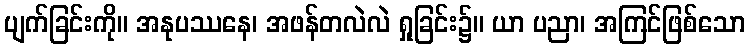
ပျက်ခြင်းကို။ အနုပဿနေ၊ အဖန်တလဲလဲ ရှုခြင်း၌။ ယာ ပညာ၊ အကြင်ဖြစ်သော